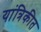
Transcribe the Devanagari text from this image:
यांत्रिकीत